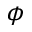
\phi